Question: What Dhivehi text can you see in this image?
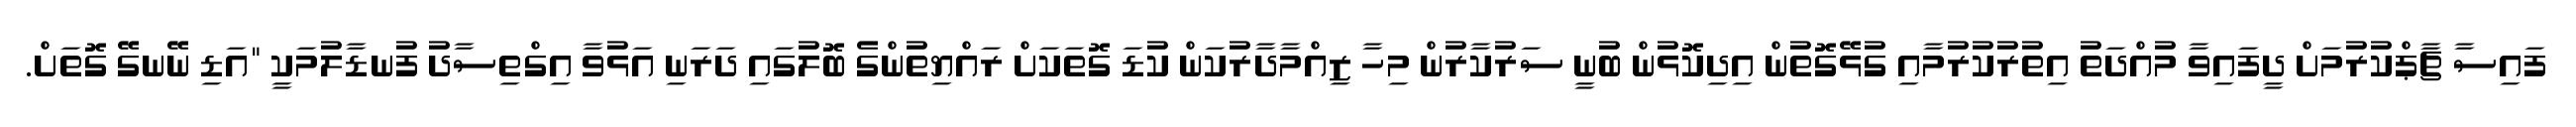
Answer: ފައިސާ ޗާޕްކުރުމަށް ދީފައިވާ މުއްދަތު އިތުރުކުރުމާއި ގުޅޭގޮތުން އިދިކޮޅުން ބުނީ ސަރުކާރުން މިހާ ޒިއްމާދާރުކަން ކުޑަ ގޮތަކަށް ރައްޔިތުންގެ ބޮލުގައި ދަރަނި އަޅުވާ އިގްތިސާދު ފުނޑާލުމަކީ "އަޑި ނޭނގޭ ގޮތަށް.